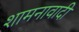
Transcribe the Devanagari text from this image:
शामनावादी